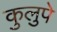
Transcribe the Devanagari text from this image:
कुलुपे